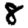
Digit: 8